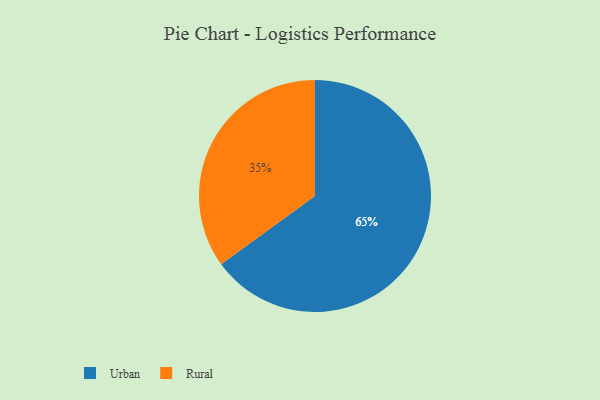
{"axis": {"x": "Category", "y": "Percentage"}, "legend": ["Rural", "Urban"], "data": [{"x": "Urban", "y": 65, "type": "Urban"}, {"x": "Rural", "y": 35, "type": "Rural"}]}